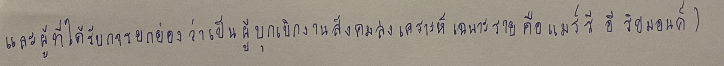
และผู้ที่ได้รับการยกย่องว่าเป็นผู้บุกเบิกงานสังคมสงเคราะห์เฉพาะรายคือแมร์รี อี ริชมอนด์)